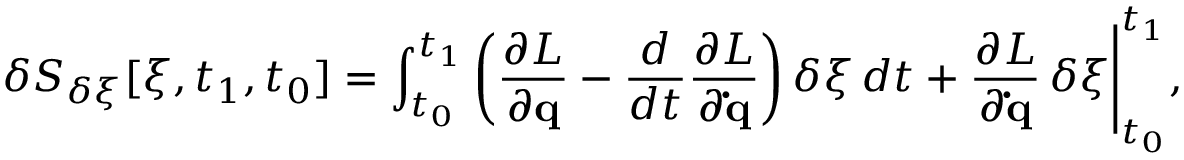
\delta { \cal { S } } _ { \delta \xi } [ \xi , t _ { 1 } , t _ { 0 } ] = \int _ { t _ { 0 } } ^ { t _ { 1 } } \left( { \frac { \partial { \cal { L } } } { \partial \mathbf { q } } } - { \frac { d } { d t } } { \frac { \partial { \cal { L } } } { \partial \mathbf { \dot { q } } } } \right) \delta \xi \, d t + { \frac { \partial { \cal { L } } } { \partial \mathbf { \dot { q } } } } \, \delta \xi { \Biggl | } _ { t _ { 0 } } ^ { t _ { 1 } } ,